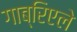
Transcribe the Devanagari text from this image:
गाब्रिएले